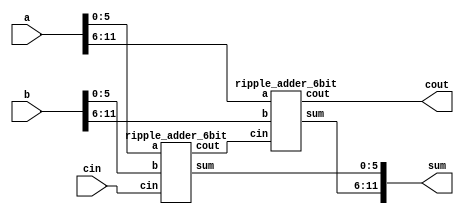

module ripple_adder_12bit(input [11:0] a,b, input cin, output [11:0] sum, output cout);

	wire carry;

	ripple_adder_6bit RA0(a[5:0],b[5:0],cin,sum[5:0],carry);
	ripple_adder_6bit RA1(a[11:6],b[11:6],carry,sum[11:6],cout);

endmodule
module ripple_adder_6bit(input [5:0] a,b, input cin, output [5:0] sum, output cout);

	wire carry1, carry2, carry3, carry4, carry5;

	full_adder FA0(a[0],b[0],cin,sum[0],carry1);
	full_adder FA1(a[1],b[1],carry1,sum[1],carry2);
	full_adder FA2(a[2],b[2],carry2,sum[2],carry3);
	full_adder FA3(a[3],b[3],carry3,sum[3],carry4);
	full_adder FA4(a[4],b[4],carry4,sum[4],carry5);
	full_adder FA5(a[5],b[5],carry5,sum[5],cout);

endmodule
module full_adder(input a, b, cin, output sum, cout);

	wire sum1,carry1,carry2;
	half_adder HA0(a,b,sum1,carry1);
	half_adder HA1(cin,sum1,sum,carry2);

	assign cout = carry1 | carry2;

endmodule
module half_adder(input a,b, output sum, carry);

	assign sum = a ^ b;
	assign carry = a & b;

endmodule